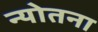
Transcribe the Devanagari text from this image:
न्योतना